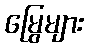
မြွေများ